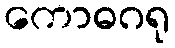
ကောဓဂရု